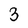
Character: 3